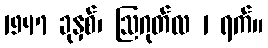
1947 ခုနှစ်၊ ဩဂုတ်လ 1 ရက်။